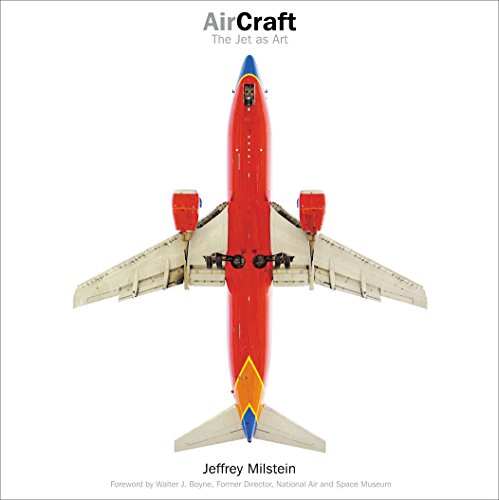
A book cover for Aircraft: The Jet as Art; Jeffrey Milstein; Arts & Photography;